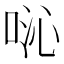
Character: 𫪍